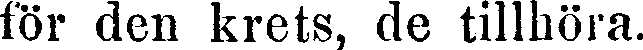
för den krets, de tillhöra.